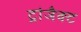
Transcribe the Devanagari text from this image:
ट्रांजैक्ट